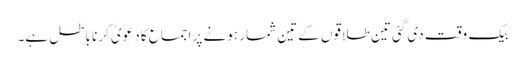
بیک وقت دی گئی تین طلاقوں کےتین شمار ہونے پر اجماع کا دعویٰ کرنا باطل ہے۔